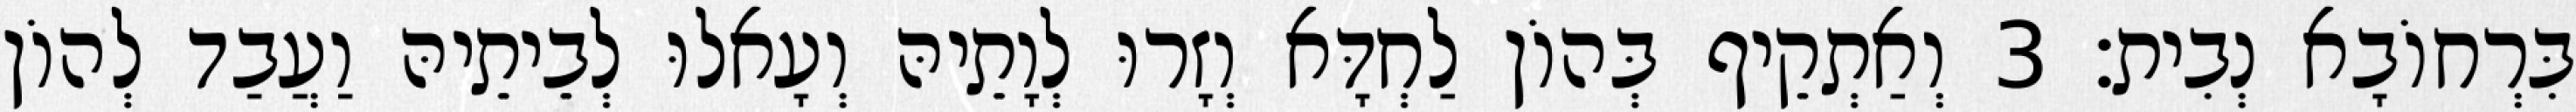
בִּרְחוֹבָא נְבִית׃ 3 וְאַתְקֵיף בְּהוֹן לַחְדָּא וְזָרוּ לְוָתֵיהּ וְעָאלוּ לְבֵיתֵיהּ וַעֲבַד לְהוֹן